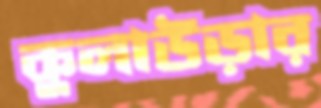
কুলাউড়ার